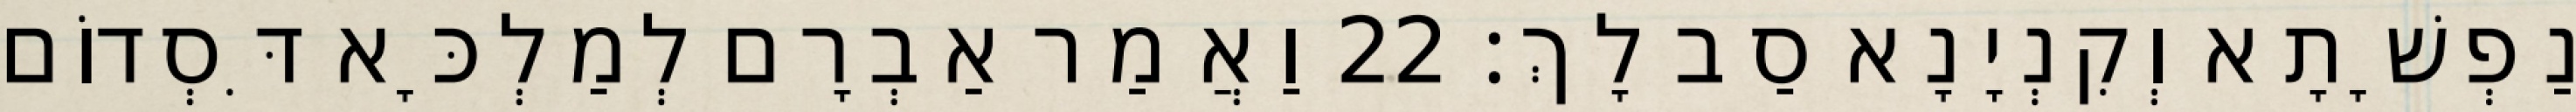
נַפְשָׁתָא וְקִנְיָנָא סַב לָךְ׃ 22 וַאֲמַר אַבְרָם לְמַלְכָּא דִּסְדוֹם